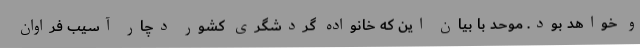
و خواهد بود. موحد با بیان این که خانواده گردشگری کشور دچار آسیب فراوان